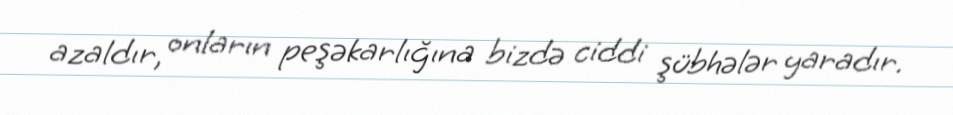
azaldır, onların peşəkarlığına bizdə ciddi şübhələr yaradır.